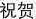
祝贺